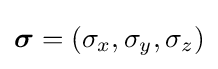
{\boldsymbol {\sigma }}=(\sigma _{x},\sigma _{y},\sigma _{z})